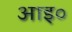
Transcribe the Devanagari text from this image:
आइ०